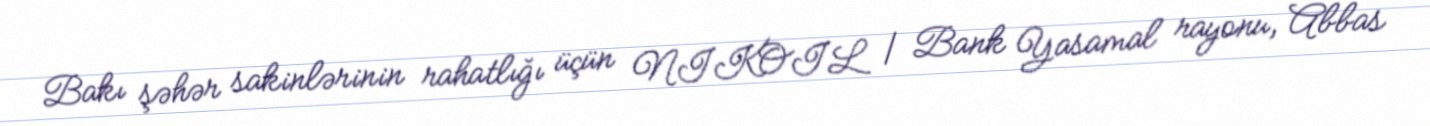
Bakı şəhər sakinlərinin rahatlığı üçün NIKOIL | Bank Yasamal rayonu, Abbas